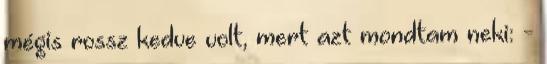
mégis rossz kedve volt, mert azt mondtam neki: -